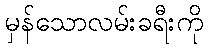
မှန်သောလမ်းခရီးကို